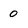
Character: 0